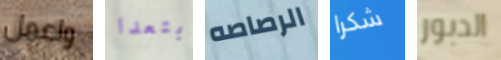
واعمل ابتعدا الرصاصه شكرا الدبور